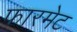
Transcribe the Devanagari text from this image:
फारमेट